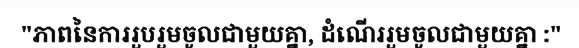
"ភាពនៃការរួបរួមចូលជាមួយគ្នា, ដំណើររួមចូលជាមួយគ្នា :"